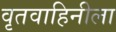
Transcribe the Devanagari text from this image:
वृतवाहिनीला